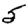
Digit: 5